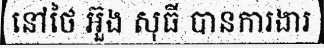
នៅថៃ អ៊ួង សុធី បានការងារ